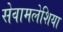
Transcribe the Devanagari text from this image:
सेवामलेशिया